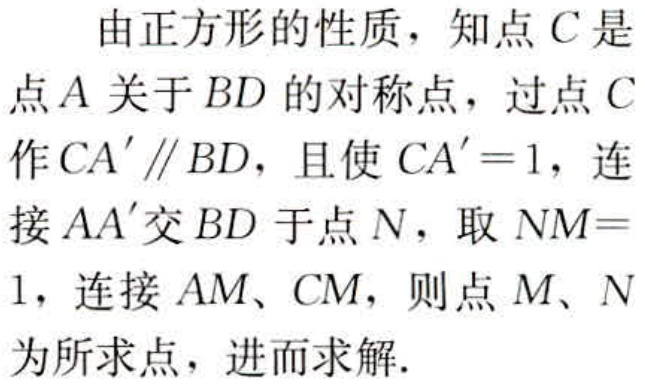
由正方形的性质，知点\(C\)是点\(A\)关于\(BD\)的对称点，过点\(C\)作\(CA'\parallel BD\)，且使\(CA' = 1\)，连接\(AA'\)交\(BD\)于点\(N\)，取\(NM = 1\)，连接\(AM\)、\(CM\)，则点\(M\)、\(N\)为所求点，进而求解.